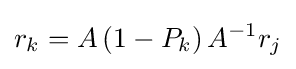
r_{k}=A\left(1-P_{k}\right)A^{-1}r_{j}